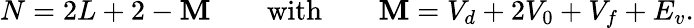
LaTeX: N=2L+2-\mathbf{M}\qquad\mathrm{{with}}\qquad\mathbf{M}=V_{d}+2V_{0}+V_{f}+E_{v}.